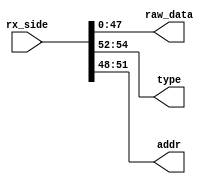
module deserialize_rx(input [54:0] rx_side, output [47:0] raw_data, output [2:0] type, output [3:0] addr);

	assign raw_data = rx_side[47:0];
	assign type = rx_side[54:52];
	assign addr = rx_side[51:48];
endmodule